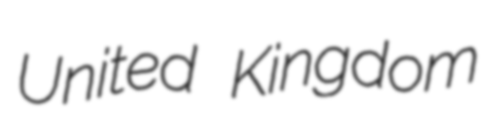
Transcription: United Kingdom